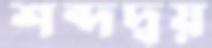
শব্দদ্বয়